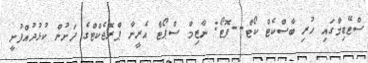
ސްޓޭޑިމްގައި ހުރި ބާސްކެޓް ކޯޓް--ފޮޓޯ: ނާޒިމް ސްޕޯޓް އެރީނާ ޕްރޮޖެކްޓްގެ ދަށުން ކުޅުދުއްފުށީ